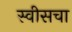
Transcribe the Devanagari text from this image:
स्वीसचा